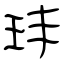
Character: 玤